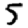
Digit: 5